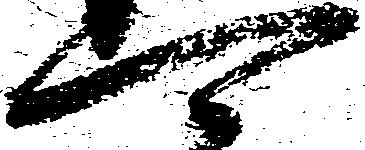
可